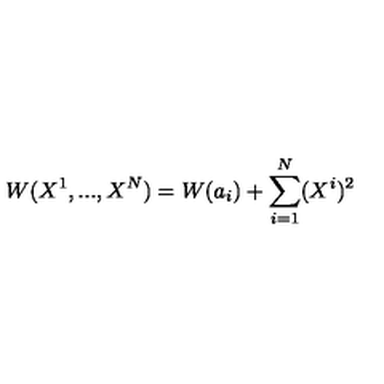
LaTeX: W ( X ^ { 1 } , . . . , X ^ { N } ) = W ( a _ { i } ) + \sum _ { i = 1 } ^ { N } ( X ^ { i } ) ^ { 2 }